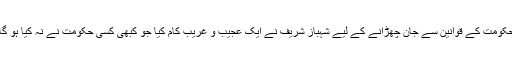
حکومت کے قوانین سے جان چھڑانے کے لیے شہباز شریف نے ایک عجیب و غریب کام کیا جو کبھی کسی حکومت نے نہ کیا ہو گا۔